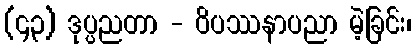
(၄၃) ဒုပ္ပညတာ - ဝိပဿနာပညာ မဲ့ခြင်း၊